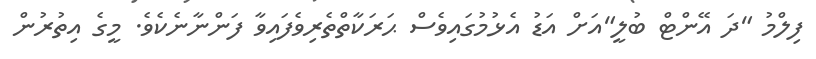
ފިލްމު "ދަ އޭންޓް ބުލީ"އަށް އަޑު އެޅުމުގައިވެސް ޙަރަކާތްތެރިވެފައިވާ ފަންނާނެކެވެ. މީގެ އިތުރުން